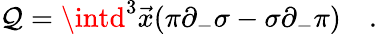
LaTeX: \mathcal{Q}=\intd^{3}\vec{{x}}(\pi\partial_{-}\sigma-\sigma\partial_{-}\pi)\quad.